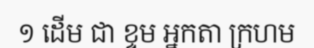
១ ដើម ជា ខ្ទម អ្នកតា ក្រហម